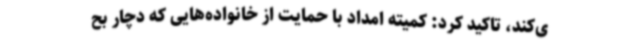
ی‌کند، تاکید کرد: کمیته امداد با حمایت از خانواده‌هایی که دچار بح